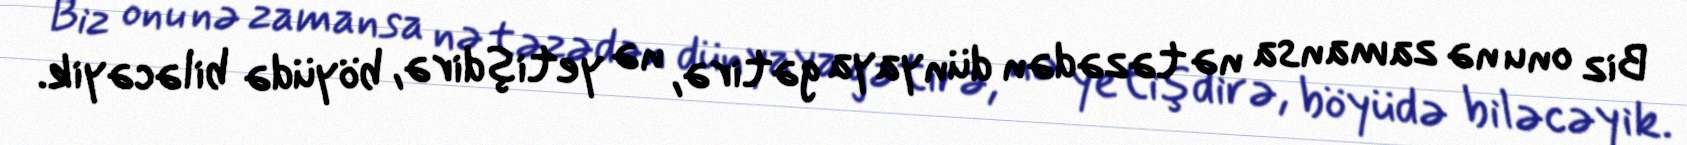
Biz onu nə zamansa nə təzədən dünyaya gətirə, nə yetişdirə, böyüdə biləcəyik.